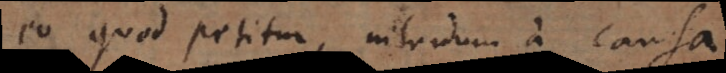
eo quod petitur, interdum a causa